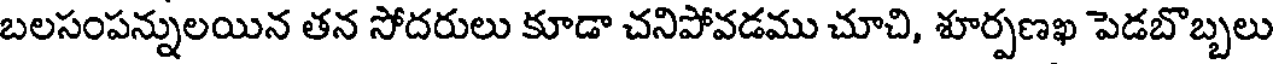
బలసంపన్నులయిన తన సోదరులు కూడా చనిపోవడము చూచి, శూర్పణఖ పెడబొబ్బలు